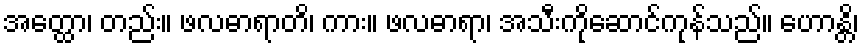
အတ္ထော၊ တည်း။ ဖလဓာရာတိ၊ ကား။ ဖလဓာရာ၊ အသီးကိုဆောင်ကုန်သည်။ ဟောန္တိ၊